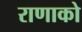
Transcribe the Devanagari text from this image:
राणाको